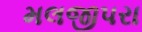
મલજીપરા